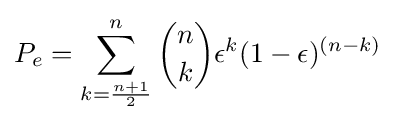
P_{e}=\sum _{k={\frac {n+1}{2}}}^{n}{n \choose k}\epsilon ^{k}(1-\epsilon )^{(n-k)}